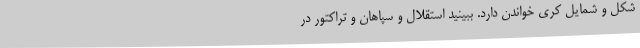
شکل و شمایل کری خواندن دارد. ببینید استقلال و سپاهان و تراکتور در